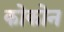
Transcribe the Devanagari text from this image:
कोकोन